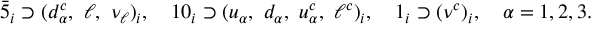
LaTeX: \bar { 5 } _ { i } \supset ( d _ { \alpha } ^ { c } , \ \ell , \ \nu _ { \ell } ) _ { i } , \quad 1 0 _ { i } \supset ( u _ { \alpha } , \ d _ { \alpha } , \ u _ { \alpha } ^ { c } , \ \ell ^ { c } ) _ { i } , \quad 1 _ { i } \supset ( \nu ^ { c } ) _ { i } , \quad \alpha = 1 , 2 , 3 .